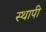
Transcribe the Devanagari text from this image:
स्थापी